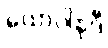
ယောပါနုဒီ